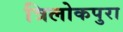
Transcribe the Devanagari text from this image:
त्रिलोकपुरा